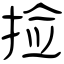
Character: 捡